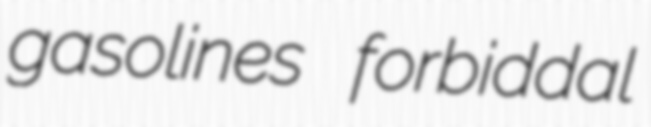
gasolines forbiddal